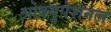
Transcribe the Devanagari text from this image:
ओक्युपेशनल